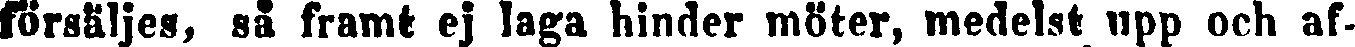
försäljes, så framt ej laga hinder möter, medelst upp och af-